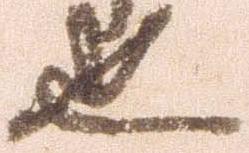
也